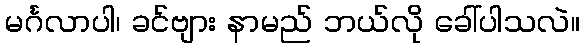
မင်္ဂလာပါ၊ ခင်ဗျား နာမည် ဘယ်လို ခေါ်ပါသလဲ။